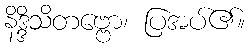
နိဒ္ဒိသိတဗ္ဗော၊ ပြအပ်၏။